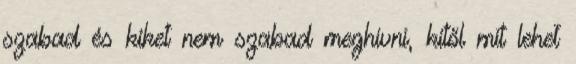
szabad és kiket nem szabad meghívni, kitől mit lehet